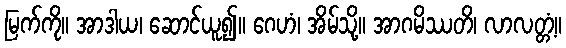
မြက်ကို။ အာဒါယ၊ ဆောင်ယူ၍။ ဂေဟံ၊ အိမ်သို့။ အာဂမိဿတိ၊ လာလတ္တံ့။